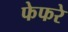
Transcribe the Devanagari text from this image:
फेफरे